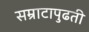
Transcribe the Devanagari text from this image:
सम्राटापुढती